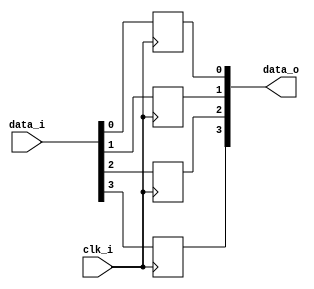
module bsg_dff_width_p4_harden_p0_strength_p2
(
  clk_i,
  data_i,
  data_o
);

  input [3:0] data_i;
  output [3:0] data_o;
  input clk_i;
  wire [3:0] data_o;
  reg data_o_3_sv2v_reg,data_o_2_sv2v_reg,data_o_1_sv2v_reg,data_o_0_sv2v_reg;
  assign data_o[3] = data_o_3_sv2v_reg;
  assign data_o[2] = data_o_2_sv2v_reg;
  assign data_o[1] = data_o_1_sv2v_reg;
  assign data_o[0] = data_o_0_sv2v_reg;

  always @(posedge clk_i) begin
    if(1'b1) begin
      data_o_3_sv2v_reg <= data_i[3];
    end 
  end


  always @(posedge clk_i) begin
    if(1'b1) begin
      data_o_2_sv2v_reg <= data_i[2];
    end 
  end


  always @(posedge clk_i) begin
    if(1'b1) begin
      data_o_1_sv2v_reg <= data_i[1];
    end 
  end


  always @(posedge clk_i) begin
    if(1'b1) begin
      data_o_0_sv2v_reg <= data_i[0];
    end 
  end


endmodule